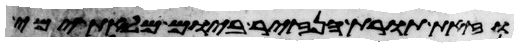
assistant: וזאת תורת הנזיר ביום מלאת ימי